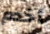
أخدم